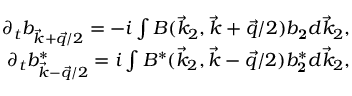
\begin{array} { r } { \partial _ { t } b _ { \vec { k } + \vec { q } / 2 } = - i \int B ( \vec { k } _ { 2 } , \vec { k } + \vec { q } / 2 ) b _ { \mathbf 2 } d \vec { k } _ { 2 } , } \\ { \partial _ { t } b _ { \vec { k } - \vec { q } / 2 } ^ { * } = i \int B ^ { * } ( \vec { k } _ { 2 } , \vec { k } - \vec { q } / 2 ) b _ { \mathbf 2 } ^ { * } d \vec { k } _ { 2 } , } \end{array}